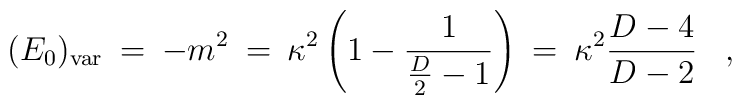
(E_0)_{\rm var}\>=\>-m^2\>=\>\kappa^2 \left( 1 - {1 \over {D \over 2} - 1} \right) \> = \> \kappa^2 {D-4 \over D-2}\;\;\;,